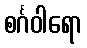
စင်္ဂဝါရော